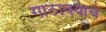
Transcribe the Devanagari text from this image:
गाठावयाचे